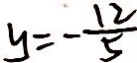
y = - \frac { 1 2 } { 5 }